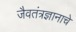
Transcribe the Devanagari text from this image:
जैवतंत्रज्ञानाचे